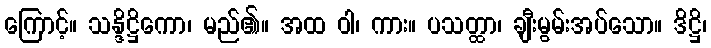
ကြောင့်။ သန္ဒိဋ္ဌိကော၊ မည်၏။ အထ ဝါ၊ ကား။ ပသတ္ထာ၊ ချီးမွမ်းအပ်သော။ ဒိဋ္ဌိ၊